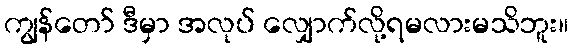
ကျွန်တော် ဒီမှာ အလုပ် လျှောက်လို့ရမလားမသိဘူး။